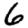
Digit: 6